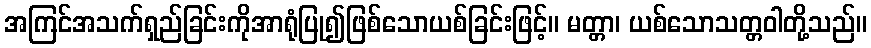
အကြင်အသက်ရှည်ခြင်းကိုအာရုံပြု၍ဖြစ်သောယစ်ခြင်းဖြင့်။ မတ္တာ၊ ယစ်သောသတ္တဝါတို့သည်။